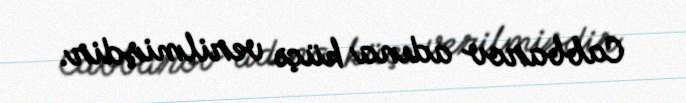
Cabbarov adına küçə verilmişdir.